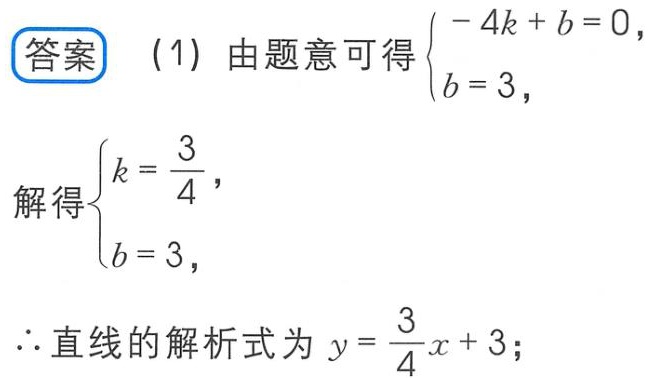
答案
(1) 由题意可得$\begin{cases}-4k + b = 0,\\b = 3,\end{cases}$
解得$\begin{cases}k = \dfrac{3}{4},\\b = 3,\end{cases}$
$\therefore$直线的解析式为$y = \dfrac{3}{4}x + 3$;